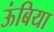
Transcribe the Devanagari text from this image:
ऊंबिया